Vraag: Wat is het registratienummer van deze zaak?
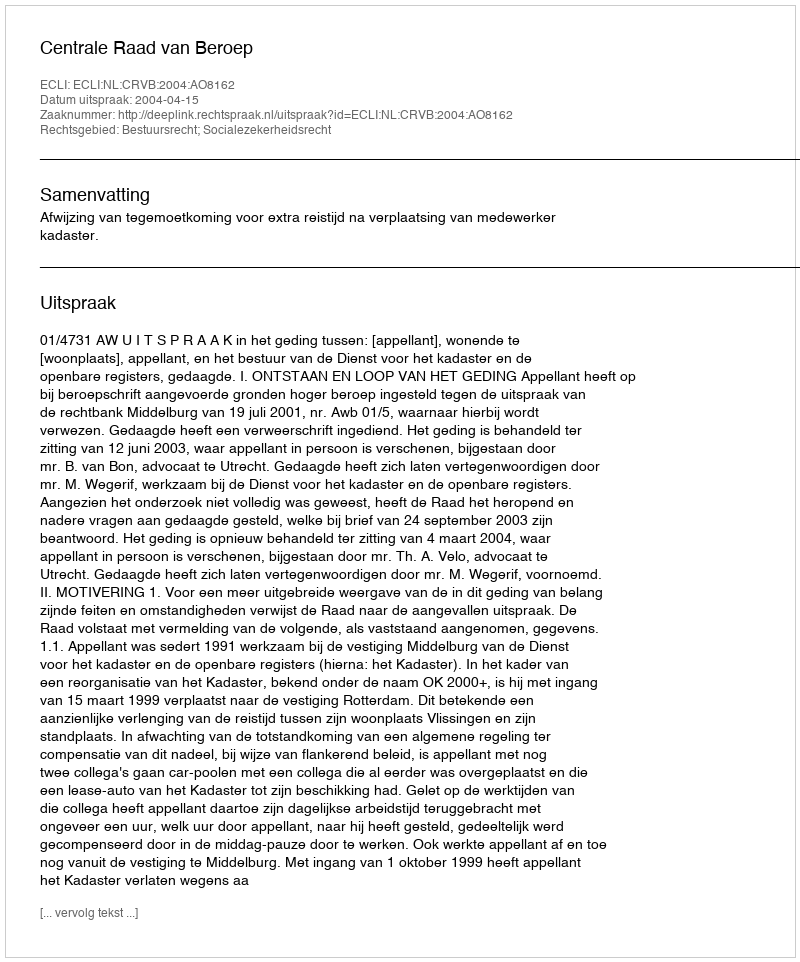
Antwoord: http://deeplink.rechtspraak.nl/uitspraak?id=ECLI:NL:CRVB:2004:AO8162